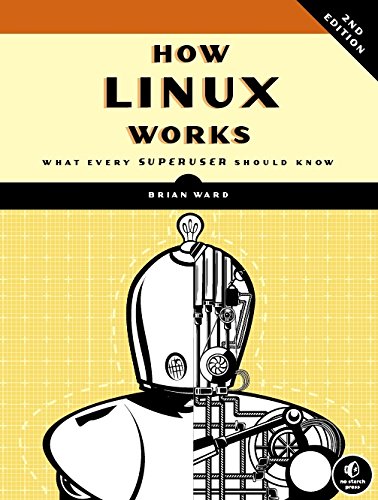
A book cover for How Linux Works: What Every Superuser Should Know; Brian Ward; Computers & Technology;